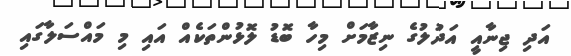
އަދި ޖިނާއީ އަދުލުގެ ނިޒާމަށް މިހާ ބޮޑު ލޮޅުންތަކެއް އައި މި މައްސަލާގައި